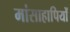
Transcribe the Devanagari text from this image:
मांसाहापियों